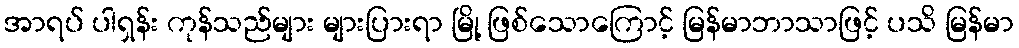
အာရပ် ပါရှန်း ကုန်သည်များ များပြားရာ မြို့ ဖြစ်သောကြောင့် မြန်မာဘာသာဖြင့် ပသိ မြန်မာ